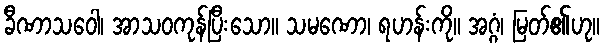
ခီဏာသဝေါ၊ အာသဝကုန်ပြီးသော။ သမဏော၊ ရဟန်းကို။ အဂ္ဂံ၊ မြတ်၏ဟု။